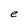
Character: e